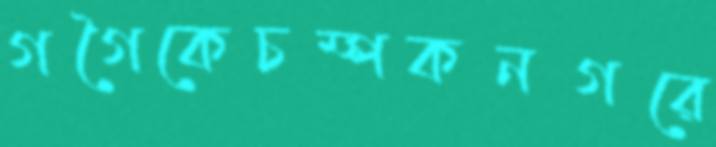
গগৈকেচম্পকনগরে